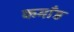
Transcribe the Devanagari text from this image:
कमाँड